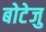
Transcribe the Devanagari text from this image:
बोटेजु